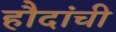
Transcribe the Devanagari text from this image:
हौदांची